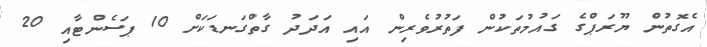
އެގޮތުން ޔޫރަޕްގެ ގައުމުތަކުން ފަތުރުވެރިން އައި އަދަދު ގާތްގަނޑަކަށް 10 ޕަސެންޓާއި 20